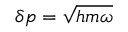
\delta p = { \sqrt { h m \omega } }